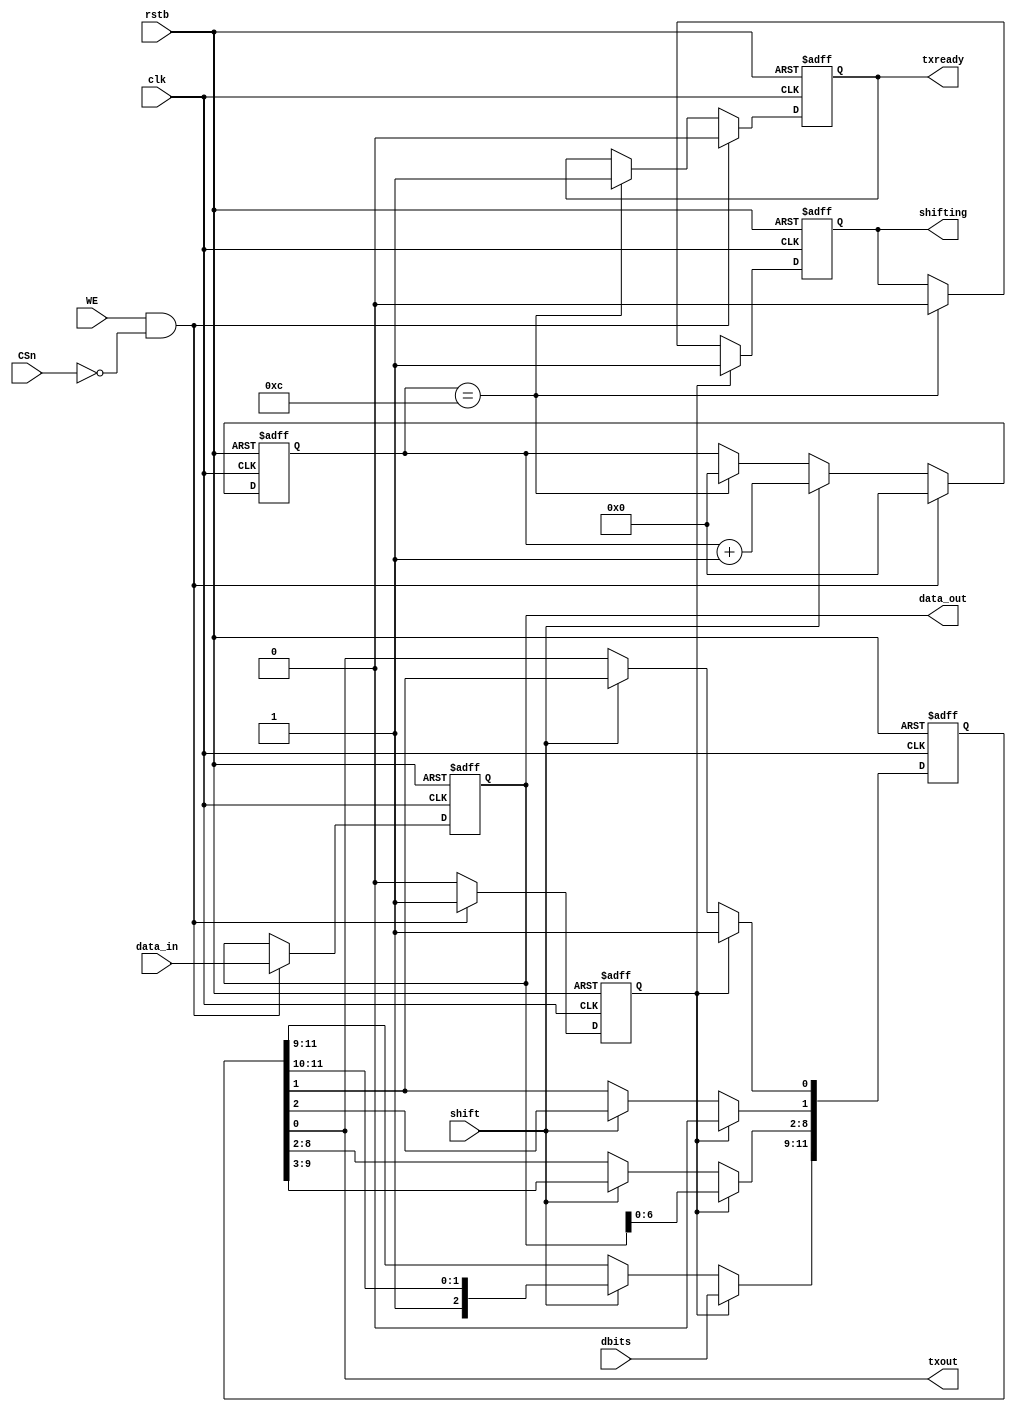
`timescale 1ns / 1ns
//////////////////////////////////////////////////////////////////////////////////
// Company: 
// Engineer: 
// 
// Design Name: 
// Module Name:    UART_Transmitter 
// Project Name: 
// Target Devices: 
// Tool versions: 
// Description: 
//
// Dependencies: 
//
// Revision: 
// Revision 0.01 - File Created
// Additional Comments: 
//
//////////////////////////////////////////////////////////////////////////////////
module UART_Transmitter(clk,rstb, CSn, WE, data_in, dbits, 
data_out,shift, shifting, txready, txout);

input clk;
input rstb;
input CSn;
input WE;
input [7:0] data_in;
input [2:0] dbits;
input shift;
output [7:0] data_out;
output shifting;
output txready;
output txout;

reg txready;
//reg txout;
wire txout;
wire load;
reg shifting;
reg [7:0] data_out;
reg LSR;
reg [11:0] shift_reg;
reg [3:0] countBit;
wire done;
//wire select;

assign load = WE & ~CSn;

//assign select = {shift,done};

assign done = (countBit==12);

assign txout = shift_reg[0];

always @(posedge clk, negedge rstb)
if (!rstb)
shift_reg <= 12'b1;
else if (LSR)
begin
 shift_reg[0] <= 1'b1;
 shift_reg[1] <= 1'b0;
 shift_reg[8:2] <= data_out[6:0];
 shift_reg[11:9] <= dbits [2:0];
 end
 
else if (shift) shift_reg <= {1'b1, shift_reg[11:1]};


//set-reset to create txready signal.
always @(posedge clk, negedge rstb)

if 		(!rstb) txready <= 1'b1;
else if 	(load)  txready <= 1'b0;
else if 	(done)  txready <= 1'b1;

//Load the data in, if load is active.
always@(posedge clk, negedge rstb)

if 		(!rstb) data_out <= 8'b1;
else if 	(load)  data_out <= data_in;

//Load signal delayed by one clock cycle.
always@ (posedge clk, negedge rstb)

if 	(!rstb) LSR <= 1'b0;
else if (load) LSR <= 1'b1;
else 	 LSR <= 1'b0;

//Shifting signal.
always @ (posedge clk, negedge rstb)

if 		(!rstb) shifting <= 1'b0;
//else if	(done)  shifting <= 1'b0;
else if 	(LSR) shifting <= 1'b1;
else if (done) shifting <= 1'b0;


always @(posedge clk, negedge rstb)
	if (!rstb) countBit <= 4'b0;
	else if (load) countBit <= 4'b0;
	else if (shift) countBit <= countBit + 1;
	else if (done) countBit<=4'b0;
	else	countBit <= countBit;



//Shift register
/*always @ (posedge clk, negedge rstb)

if (!rstb) shift_reg<= 12'b0;
else if (LSR) 
begin
shift_reg <= {dbits[2:0],data_out[6:0],1'b0,1'b1};
 if (shift) shift_reg <= {1'b1,shift_reg[11:1]};
 end
*/

//TxOut.
/*
always @(posedge clk, negedge rstb)

if (!rstb) txout <= 1'b0;
else if (!shift) txout <= 1'b0;
else if (!txready) txout <= shift_reg[countBit];
	*/	
endmodule